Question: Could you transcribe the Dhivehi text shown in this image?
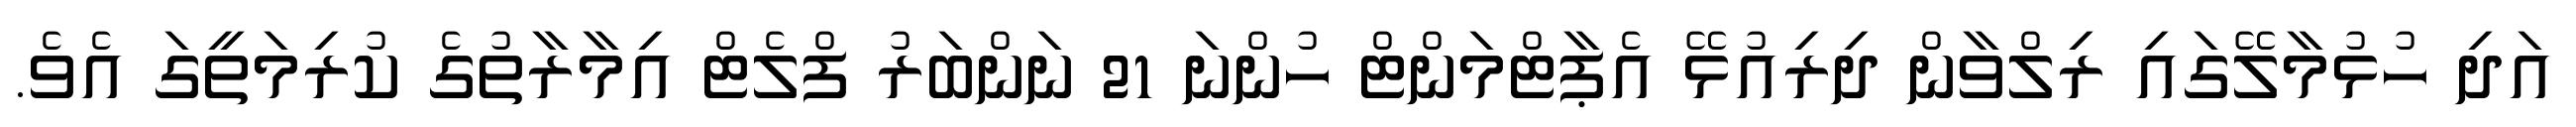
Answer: އަދި ހުޅުމާލޭގައި ރިލްވާން ދިރިއުޅޭ އެޕާޓްމަންޓް ހުންނަ 21 ނަންބަރު ފްލެޓް އިމާރާތުގެ ކުރިމަތީގަ އެވެ.